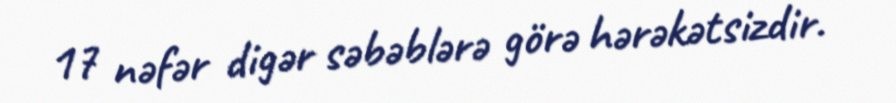
17 nəfər digər səbəblərə görə hərəkətsizdir.